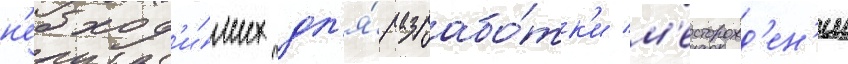
н'еобход'и́мых дл'я́ разрабо́тк'и м'есторожд'ен'ии